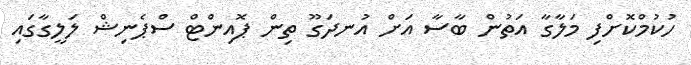
ހުކުމްކޮށްފި މަލާގާ އަތުން ބާސާ އަށް އުނދަގޫ ތިން ޕޮއިންޓް ސްޕެނިޝް ލަލީގާގައި